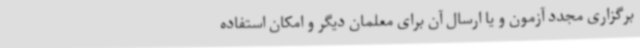
برگزاری مجدد آزمون و یا ارسال آن برای معلمان دیگر و امکان استفاده